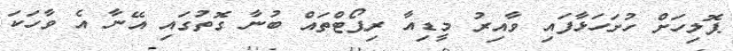
ޕޮލިހަށް ހުށަހަޅާފައި ވާއިރު މީޑިއާ ރިޕޯޓްތައް ބުނާ ގޮތުގައި އޭނާ އެ ވާހަކަ